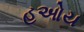
હઓય